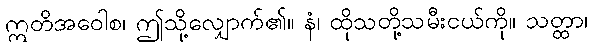
ဣတိအဝေါစ၊ ဤသို့လျှောက်၏။ နံ၊ ထိုသတို့သမီးငယ်ကို။ သတ္ထာ၊